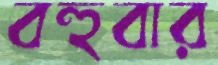
বহুবার